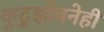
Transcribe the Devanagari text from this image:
कुटुझोवनेही